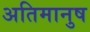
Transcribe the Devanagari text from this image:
अतिमानुष